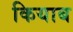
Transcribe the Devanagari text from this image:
कियाब